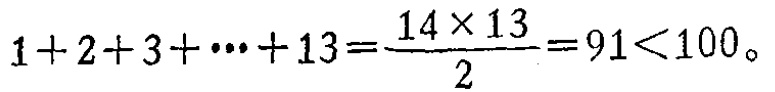
\(1 + 2 + 3 + \cdots + 13=\frac{14\times13}{2}=91<100\)。